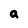
Character: a